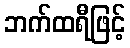
ဘက်ထရီဖြင့်